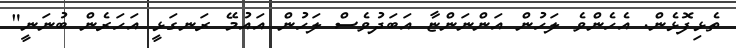
ތެޅިފޮޅެން. އެހެންވެ ލަހުން އަންނަންޏާ އަބަދުވެސް ލަހުން އައުމޭ ރަނގަޅީ އަހަރެން ބުނަނީ"